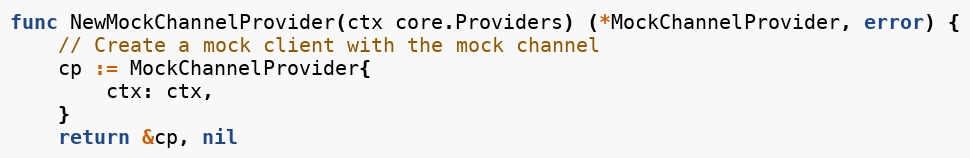
Language: Go
func NewMockChannelProvider(ctx core.Providers) (*MockChannelProvider, error) {
	// Create a mock client with the mock channel
	cp := MockChannelProvider{
		ctx: ctx,
	}
	return &cp, nil